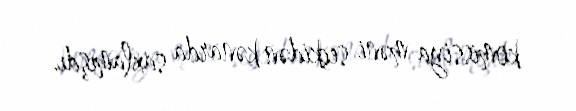
komissiya məni seçkidən kənarda saxlamışdı.